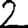
Digit: 2